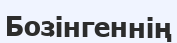
Бозінгеннің